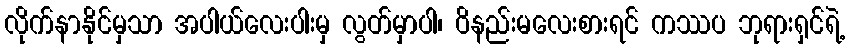
လိုက်နာနိုင်မှသာ အပါယ်လေးပါးမှ လွတ်မှာပါ၊ ဝိနည်းမလေးစားရင် ကဿပ ဘုရားရှင်ရဲ့